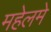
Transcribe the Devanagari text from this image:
महेलमे